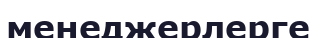
менеджерлерге